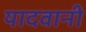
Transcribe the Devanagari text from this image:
यादवानी